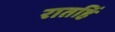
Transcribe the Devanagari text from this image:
रातहिं